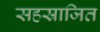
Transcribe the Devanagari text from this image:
सहस्राजित